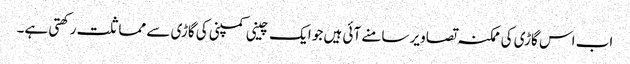
اب اس گاڑی کی ممکنہ تصاویر سامنے آئی ہیں جو ایک چینی کمپنی کی گاڑی سے مماثلت رکھتی ہے۔